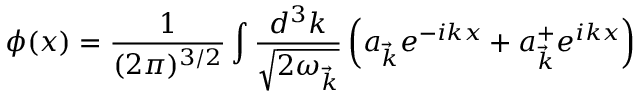
\phi ( x ) = \frac { 1 } { ( 2 \pi ) ^ { 3 / 2 } } \int \frac { d ^ { 3 } k } { \sqrt { 2 { \omega } _ { \vec { k } } } } \left( a _ { \vec { k } } e ^ { - i k x } + a _ { \vec { k } } ^ { + } e ^ { i k x } \right)